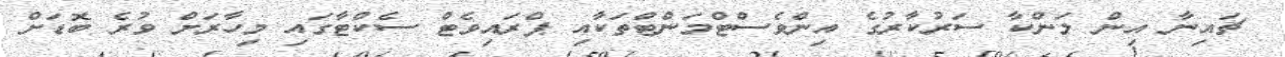
ޗައިނާ އިން ލަންކާ ސަރުކާރުގެ އިންވެސްޓްމަންޓްތަކާއި ޕްރައިވެޓް ސެކްޓާގައި މިހާރަށް ވުރެ ބޮޑަށް